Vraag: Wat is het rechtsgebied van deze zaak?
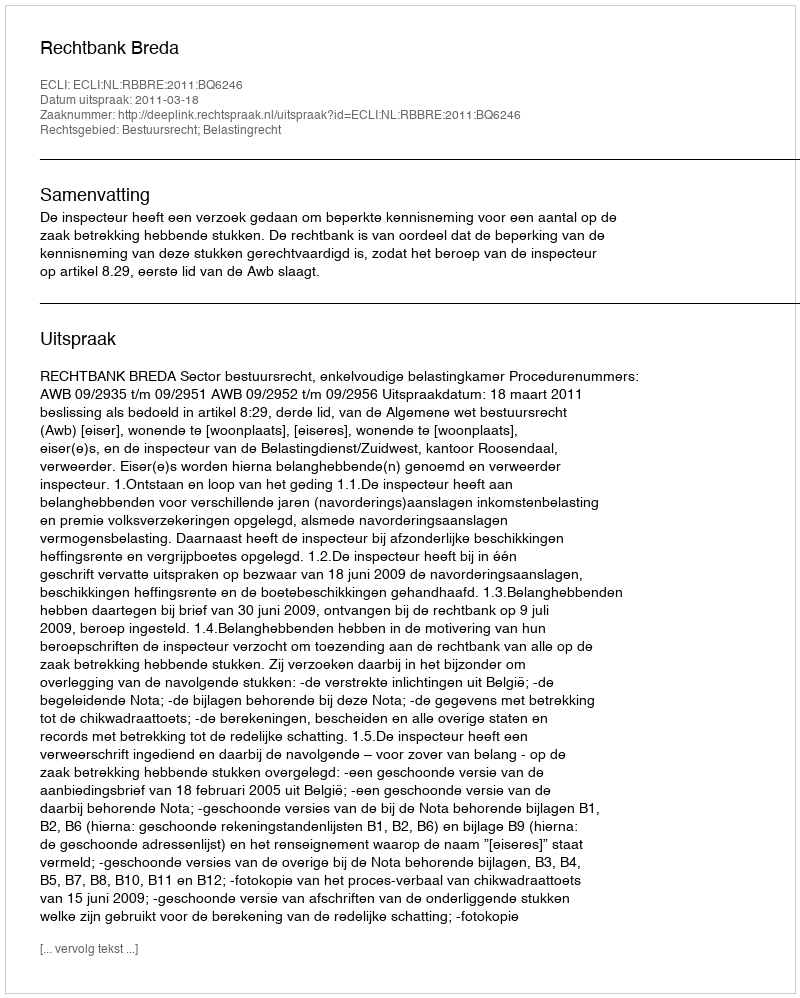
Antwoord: Bestuursrecht; Belastingrecht